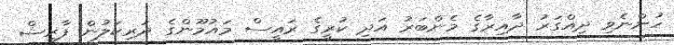
ހުންނެވި ދިއްގަރު ދާއިރާގެ މެންބަރު އަދި ކުރީގެ ރައީސް މައުމޫންގެ ދަރިކަލުން ފާރިޝް